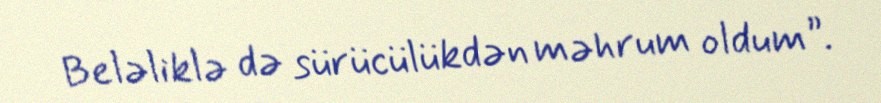
Beləliklə də sürücülükdən məhrum oldum”.